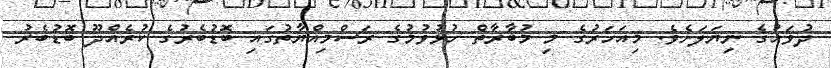
ދުވަހުގެ ނިޔަލަށެވެ. މިއަހަރުގެ މި މުބާރާތް ހުޅުވުމުުގެ ރަސްމިއްޔާތުގައި ބޮޑުބެރުގެ ކުރެއްދޫ ބޮޑުބެރު